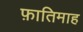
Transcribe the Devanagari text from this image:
फ़ातिमाह